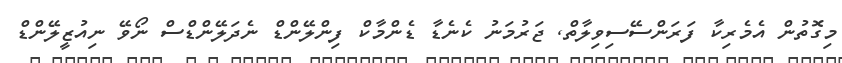
މިގޮތުން އެމެރިކާ ފަރަންސޭސިވިލާތް